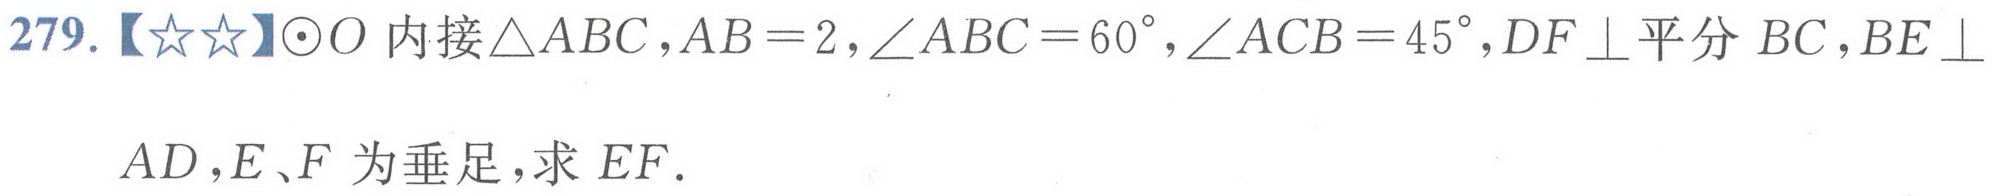
279.【★★】\(\odot O\)内接\(\triangle ABC\)，\(AB = 2\)，\(\angle ABC = 60^{\circ}\)，\(\angle ACB = 45^{\circ}\)，\(DF\perp\)平分 \(BC\)，\(BE\perp AD\)，\(E、F\)为垂足，求 \(EF\).